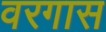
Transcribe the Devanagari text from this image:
वरगास